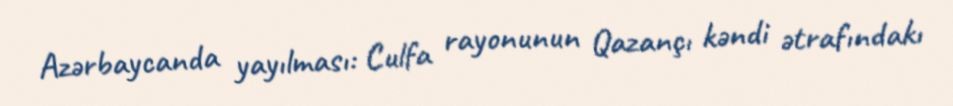
Azərbaycanda yayılması: Culfa rayonunun Qazançı kəndi ətrafındakı